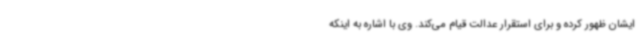
ایشان ظهور کرده و برای استقرار عدالت قیام می‌کند. وی با اشاره به اینکه